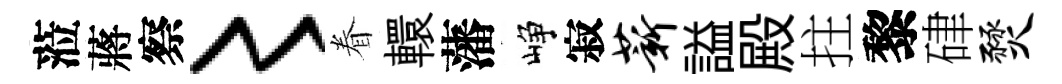
蒞蔣察〻眷轘藩峥寂薪謚殿拄黎硉燹